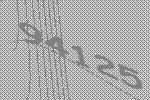
94125